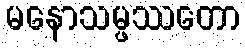
မနောသမ္ဖဿတော